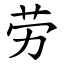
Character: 劳